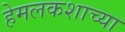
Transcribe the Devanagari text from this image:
हेमलकशाच्या